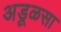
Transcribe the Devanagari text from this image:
अडूळसा